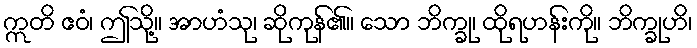
ဣတိ ဧဝံ၊ ဤသို့။ အာဟံသု၊ ဆိုကုန်၏။ သော ဘိက္ခု၊ ထိုရဟန်းကို။ ဘိက္ခုဟိ၊